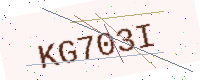
Text: KG703I